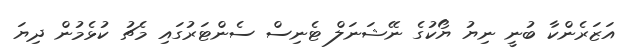
އަޒަރެންކާ ބުނީ ނިޔު ޔޯކުގެ ނޭޝަނަލް ޓެނިސް ސެންޓަރުގައި މެޗު ކުޅެމުން ދިޔަ